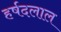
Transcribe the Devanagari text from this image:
हर्षदलाल